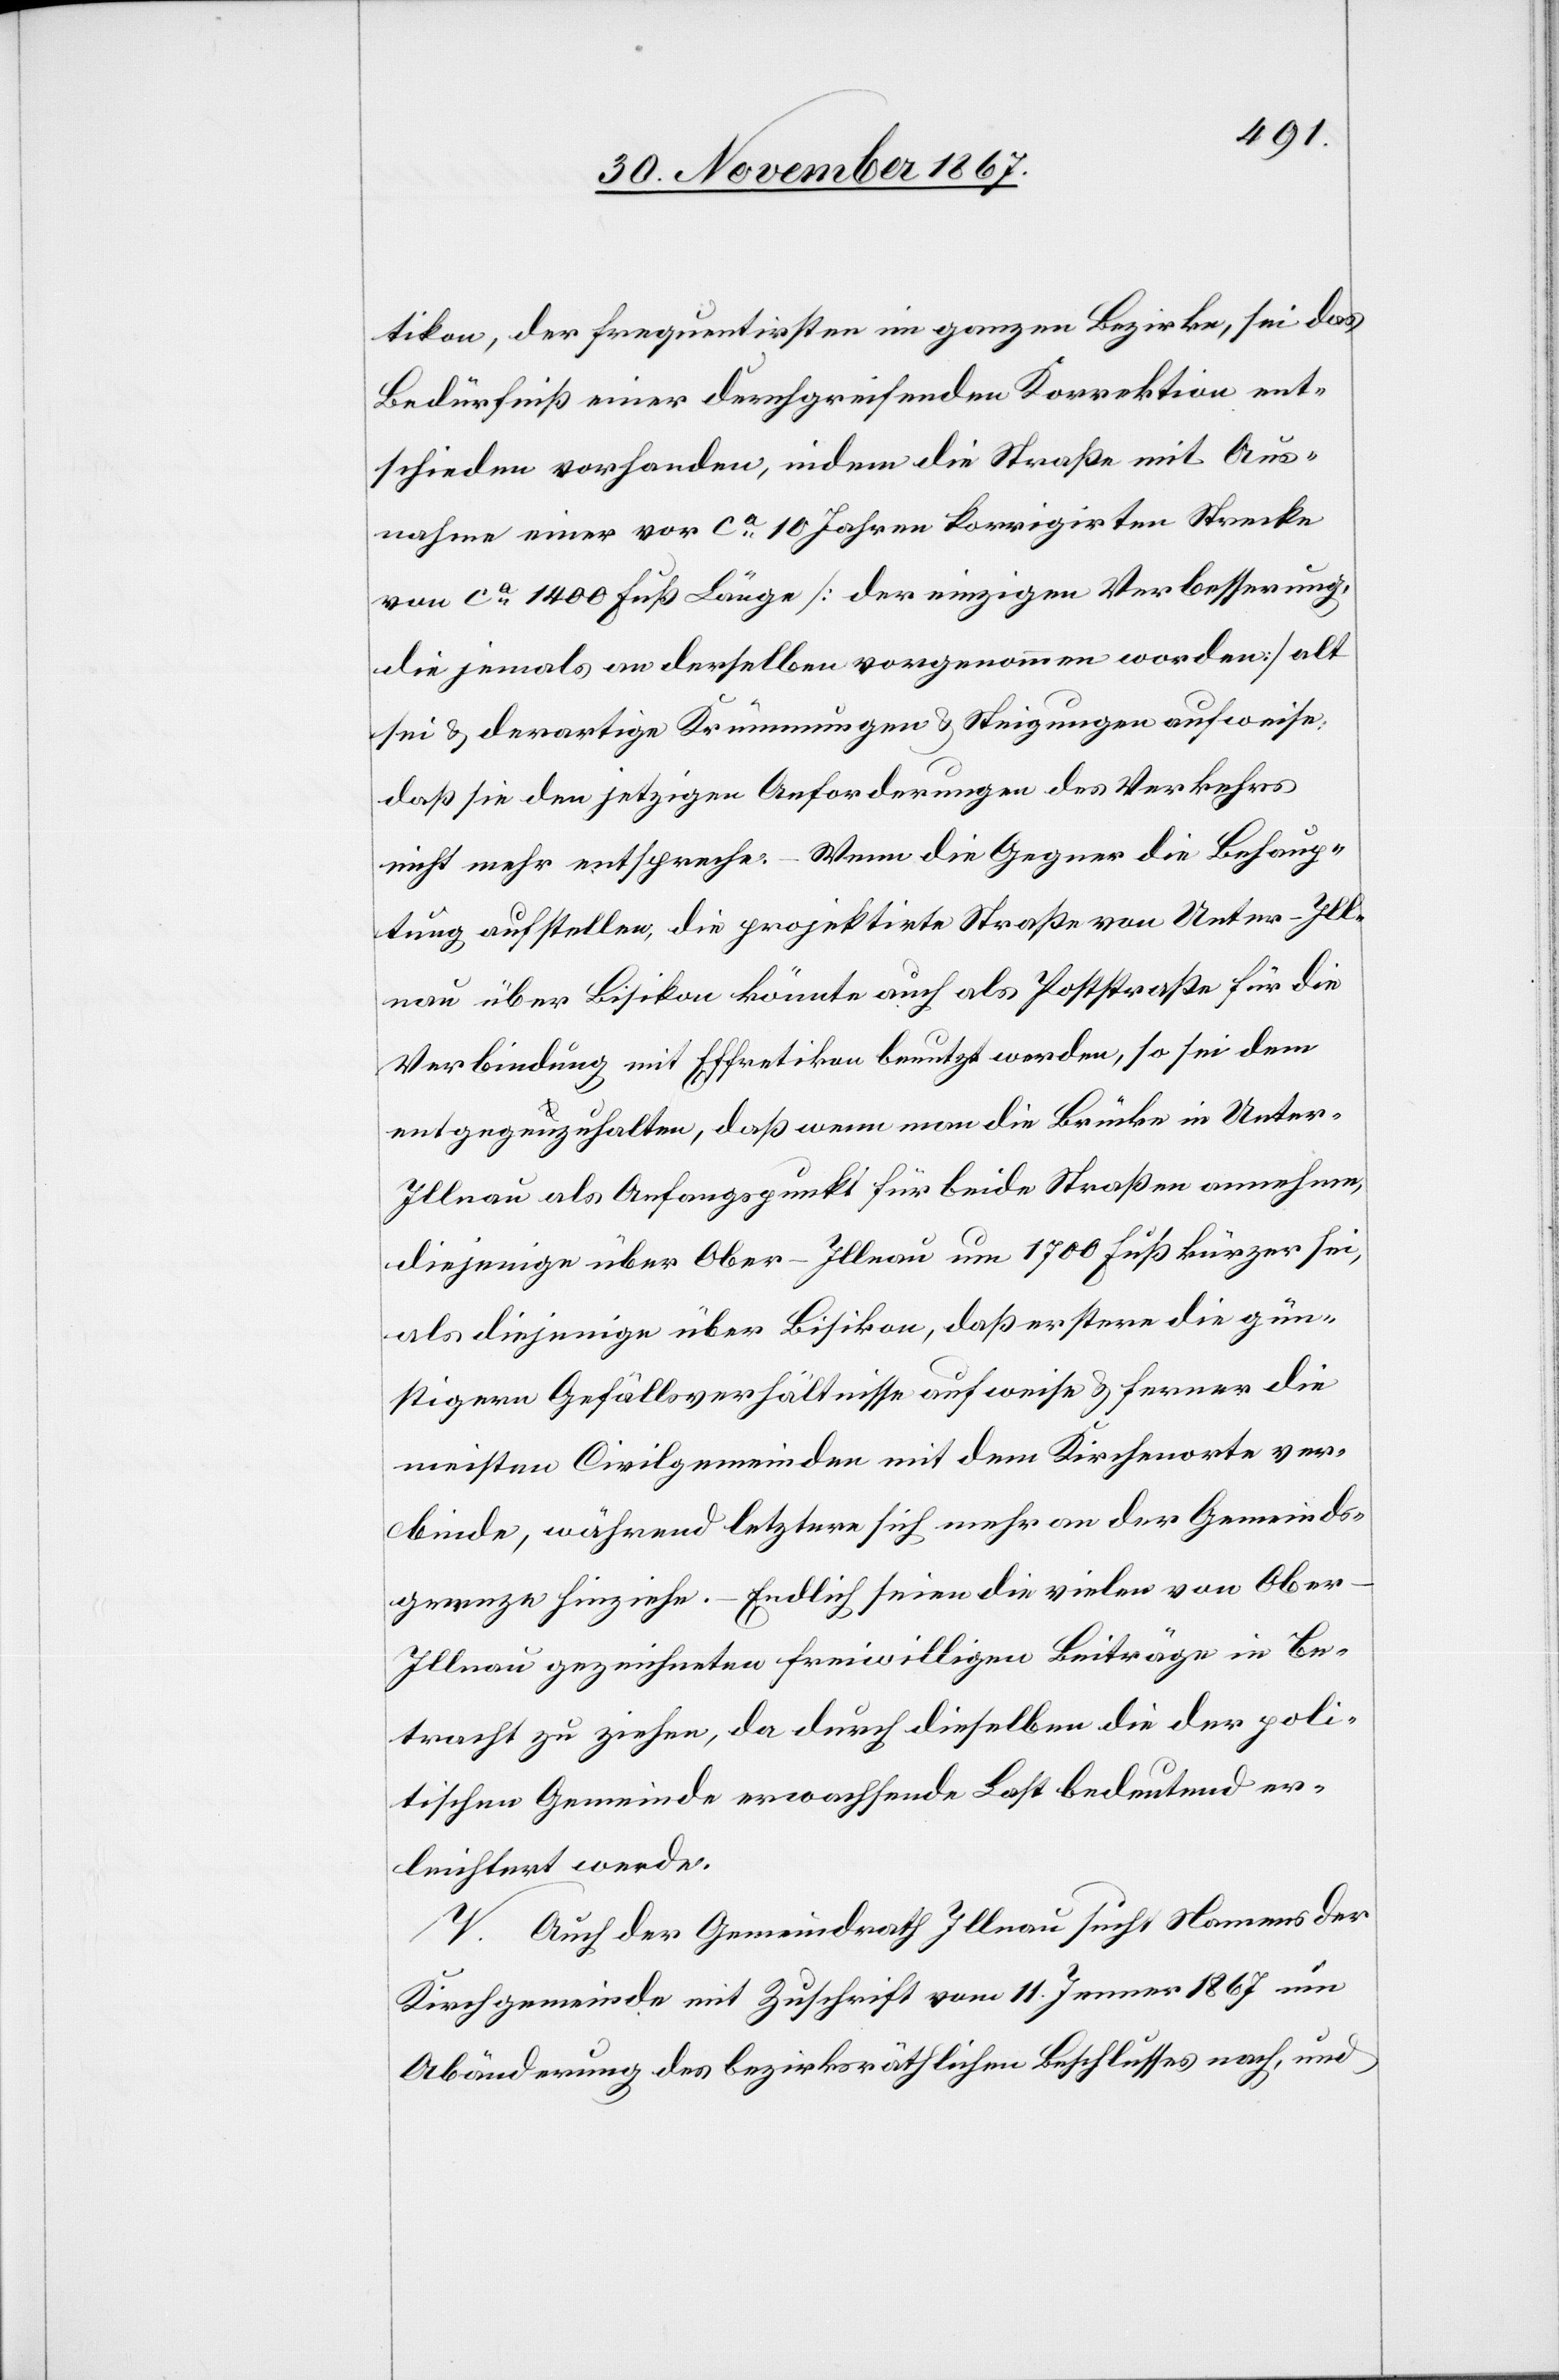
tikon, der frequentirsten im ganzen Bezirke, sei das
Bedürfniß einer durchgreifenden Korrektion ent¬
schieden vorhanden, indem die Straße mit Aus¬
nahme einer vor ca. 10 Jahren korrigirten Strecke
von ca. 1400 Fuß Länge [der einzigen Verbesserung,
die jemals an derselben vorgenommen worden] alt
sei u. derartige Krümmungen u. Steigungen aufweise,
daß sie den jetzigen Anforderungen des Verkehrs
nicht mehr entspreche. – Wenn die Gegner die Behaup¬
tung aufstellen, die projektirte Straße von Unter-Ill¬
nau über Bisikon könnte auch als Poststraße für die
Verbindung mit Effretikon benutzt werden, so sei dem
entgegenzuhalten, daß wenn man die Brücke in Unte¬
r-Illnau als Anfangspunkt für beide Straßen annehme,
diejenige über Ober-Illnau um 1700 Fuß kürzer sei,
als diejenige über Bisikon, daß erstere die gün¬
stigern Gefällsverhältnisse aufweise u. ferner die
meisten Civilgemeinden mit dem Kirchenorte ver¬
binde, während letztere sich mehr an der Gemeinds¬
grenze hinziehe. – Endlich seien die vielen von Ober-I¬
llnau gezeichneten freiwilligen Beiträge in Be¬
tracht zu ziehen, da durch dieselben die der poli¬
tischen Gemeinde erwachsende Last bedeutend er¬
leichtert werde.
V. Auch der Gemeindrath Illnau sucht Namens der
Kirchgemeinde mit Zuschrift vom 11. Jenner 1867 um
Abänderung des bezirksräthlichen Beschlusses nach, und